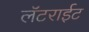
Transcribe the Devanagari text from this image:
लॅटराईट